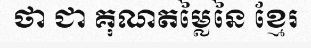
ថា ជា គុណតម្លៃនៃ ខ្មែរ